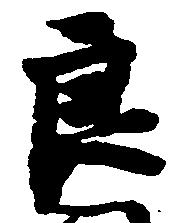
良